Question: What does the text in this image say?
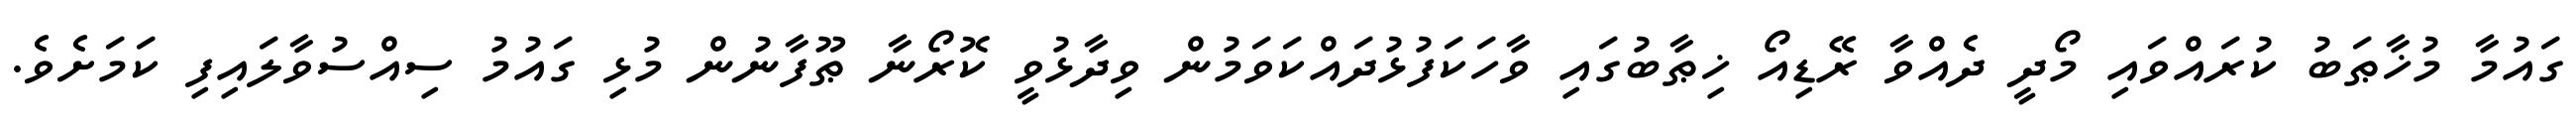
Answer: ގައުމާ މުޚާޠަބު ކުރައްވައި މޯދީ ދެއްވާ ރޭޑިއޯ ޚިޠާބުގައި ވާހަކަފުޅުދައްކަވަމުން ވިދާޅުވީ ކޮރޯނާ ޠޫފާނުން މުޅި ގައުމު ސިއްސުވާލައިފި ކަމަށެވެ.